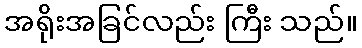
အရိုးအခြင်လည်း ကြီး သည်။